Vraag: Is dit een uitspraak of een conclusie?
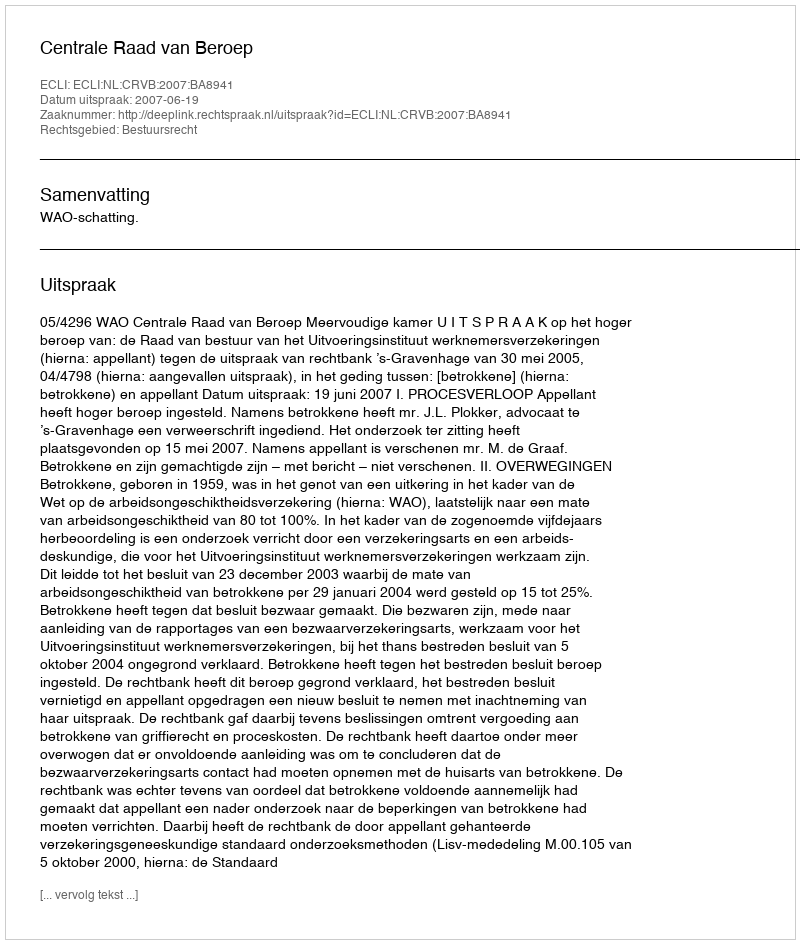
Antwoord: Uitspraak